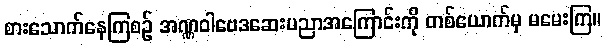
စားသောက်နေကြစဉ် အဏ္ဏဝါဗေဒဆေးပညာအကြောင်းကို တစ်ယောက်မှ မမေးကြ။